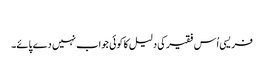
‏
فریسی اُس فقیر کی دلیل کا کوئی جواب نہیں دے پائے۔